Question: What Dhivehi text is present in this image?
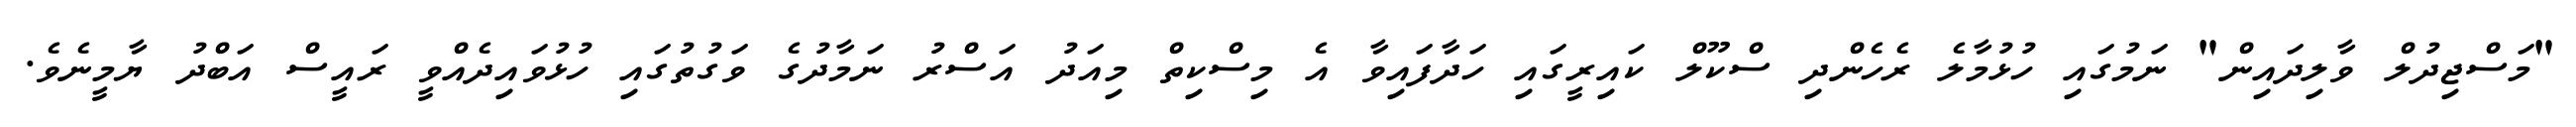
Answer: "މަސްޖިދުލް ވާލިދައިން" ނަމުގައި ހުޅުމާލެ ރެހެންދި ސްކޫލް ކައިރީގައި ހަދާފައިވާ އެ މިސްކިތް މިއަދު އަސްރު ނަމާދުގެ ވަގުތުގައި ހުޅުވައިދެއްވީ ރައީސް އަބްދު ޔާމީނެވެ.